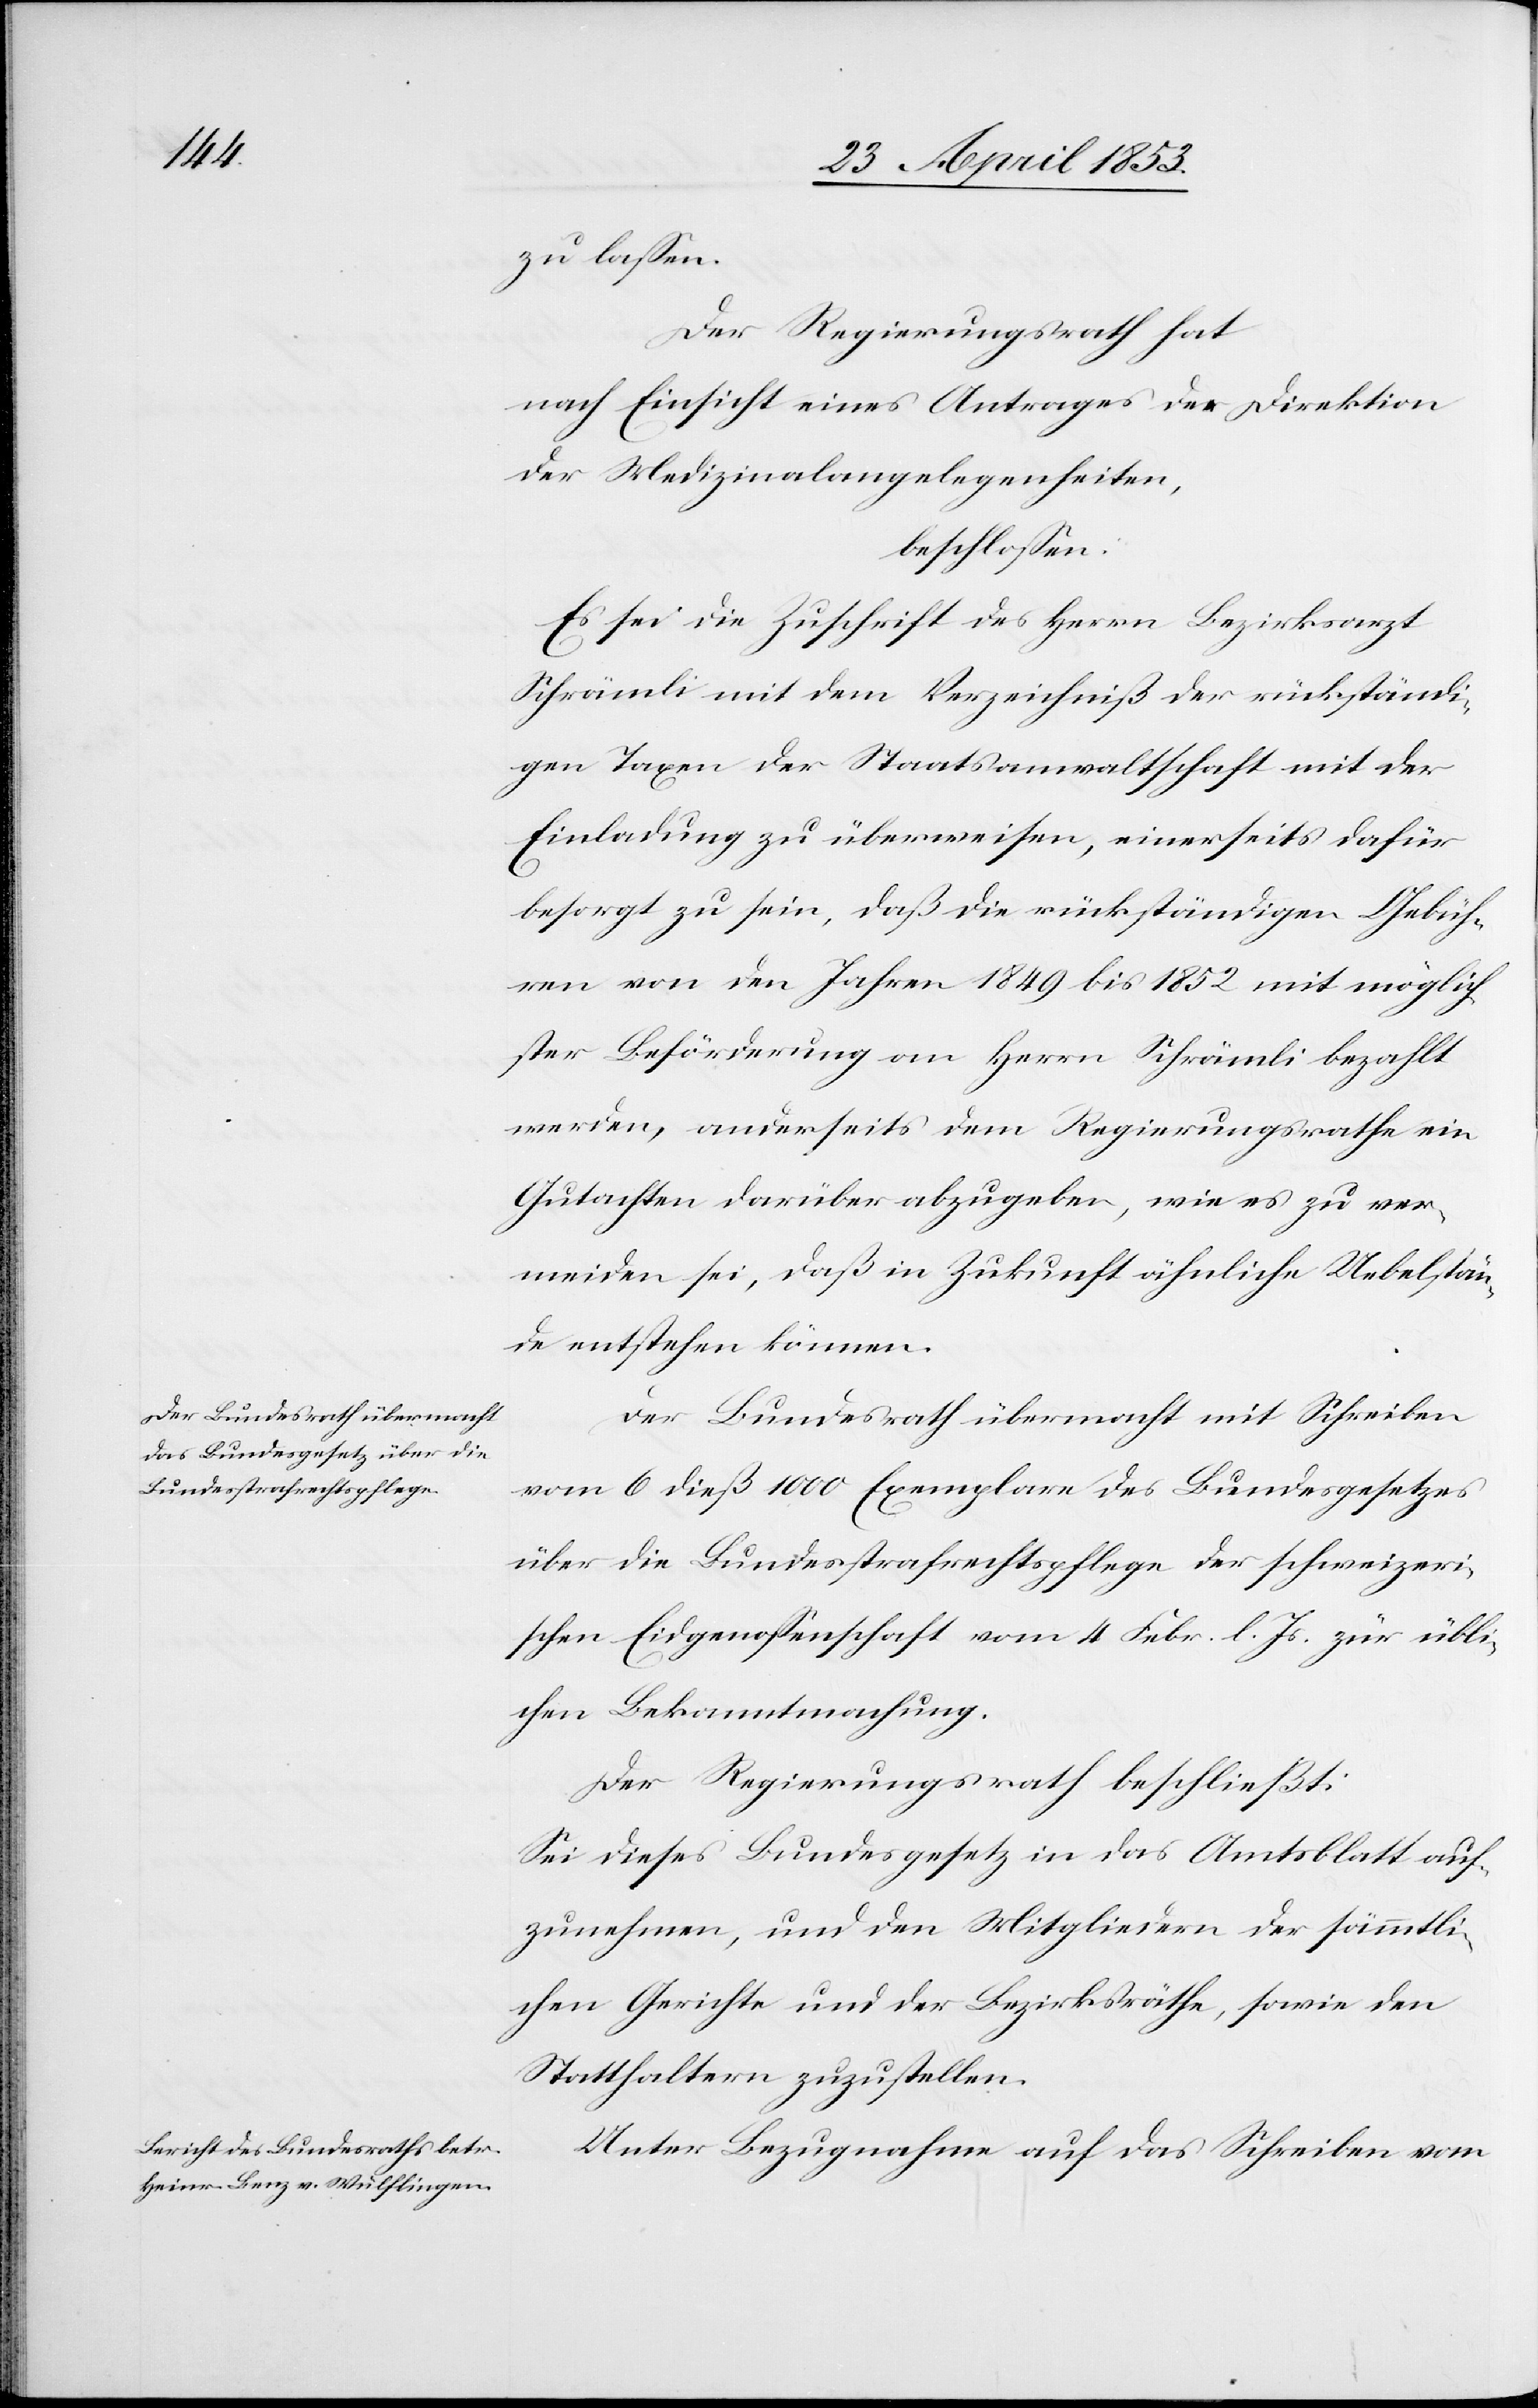
zu laßen.
Der Regierungsrath hat
nach Einsicht eines Antrages der Direktion
der Medizinalangelegenheiten,
beschloßen:
Es sei die Zuschrift des Herrn Bezirskarzt
Schrämli mit dem Verzeichniß der rückständi¬
gen Taxen der Staatsanwaltschaft mit der
Einladung zu überweisen, einerseits dafür
besorgt zu sein, daß die rückständigen Gebüh¬
ren von den Jahren 1849 bis 1852 mit möglich¬
ster Beförderung an Herrn Schrämli bezahlt
werden, anderseits dem Regierungsrathe ein
Gutachten darüber abzugeben, wie es zu ver¬
meiden sei, daß in Zukunft ähnliche Uebelstän¬
de entstehen können.
Der Bundesrath übermacht mit Schreiben
vom 6 dieß 1000 Exemplare des Bundesgesetzes
über die Bundesstrafrechtspflege der schweizeri¬
schen Eidgenossenschaft vom 4 Febr. l. Js. zur übli¬
chen Bekanntmachung.
Der Regierungsrath beschließt:
Sei dieses Bundesgesetz in das Amtsblatt auf¬
zunehmen, und den Mitgliedern der sämmtli¬
chen Gerichte und der Bezirksräthe, sowie den
Statthaltern zuzustellen.
Unter Bezugnahme auf das Schreiben vom